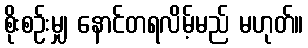
စိုးစဉ်းမျှ နောင်တရလိမ့်မည် မဟုတ်။